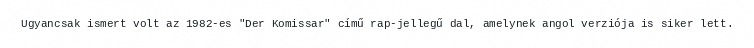
Ugyancsak ismert volt az 1982-es "Der Komissar" című rap-jellegű dal, amelynek angol verziója is siker lett.